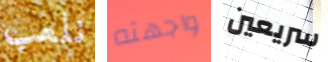
نلعب واجهته سريعين